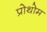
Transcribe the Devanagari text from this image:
प्रोथोम